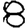
Digit: 8